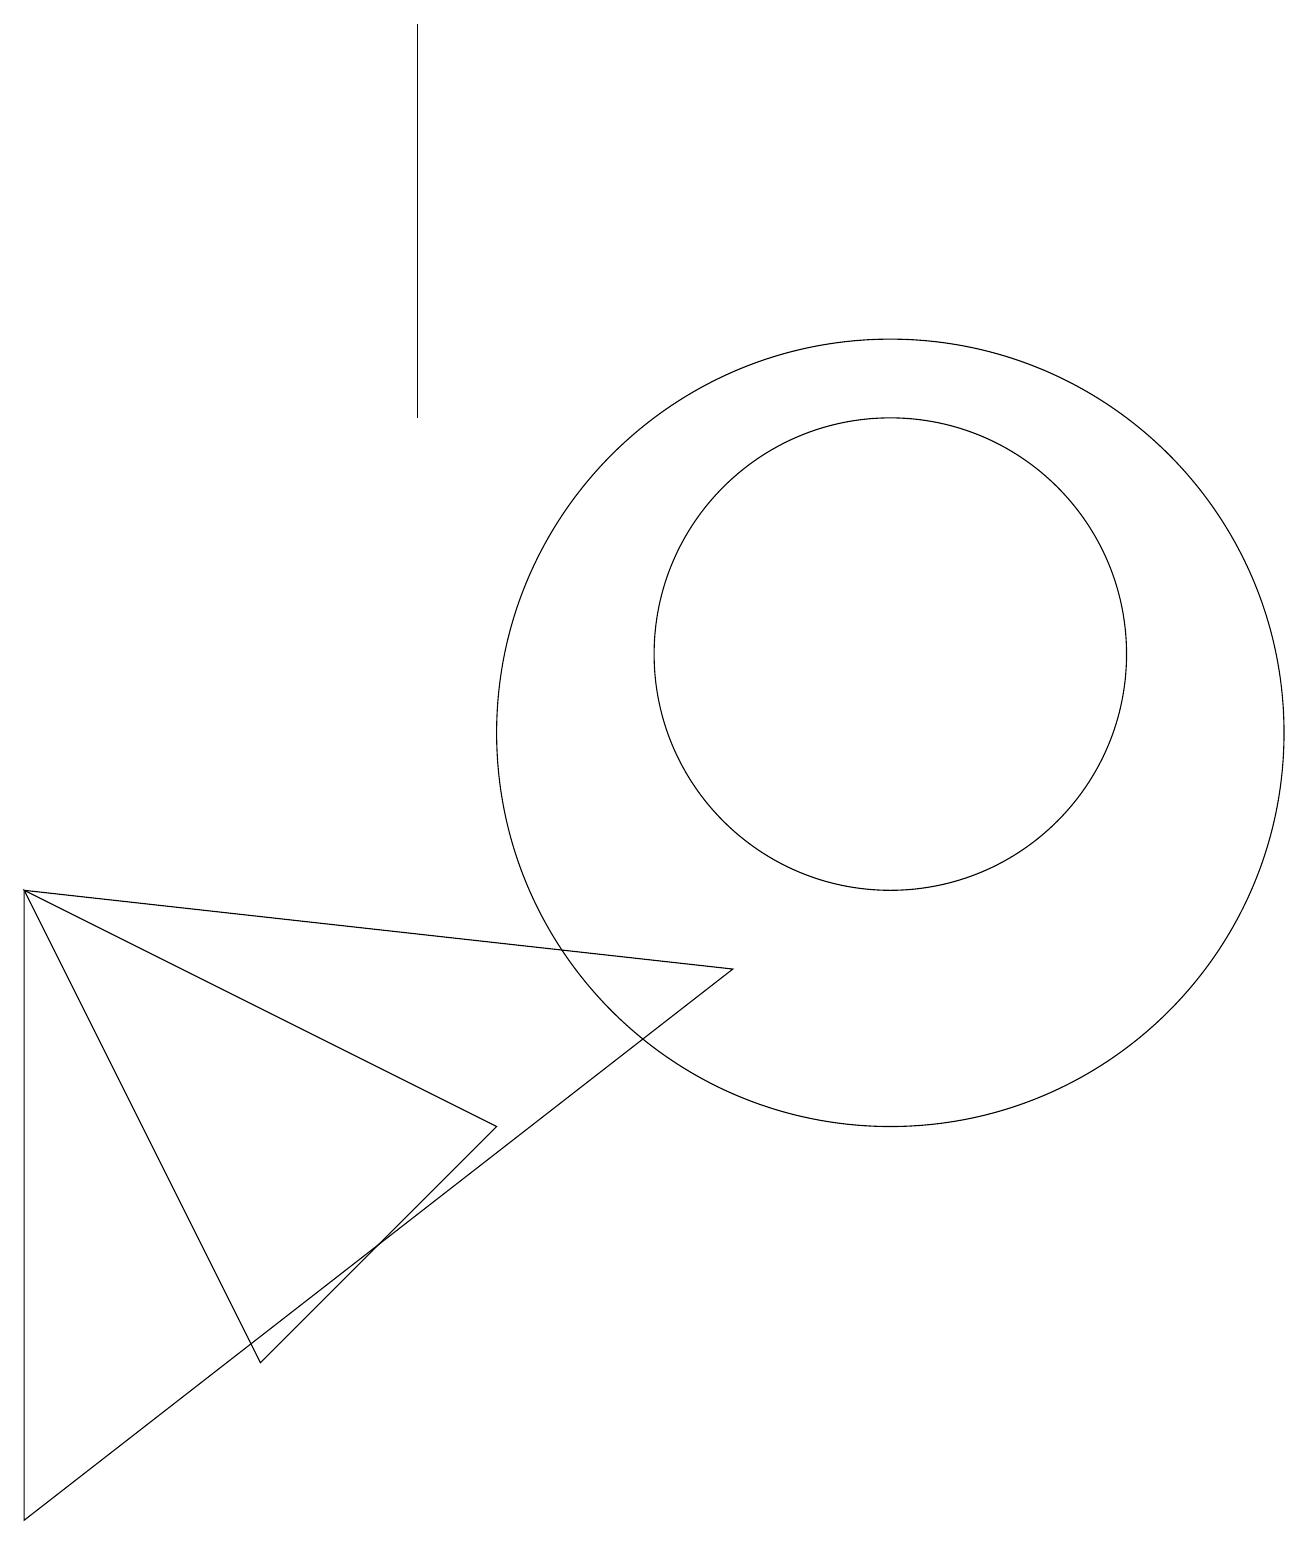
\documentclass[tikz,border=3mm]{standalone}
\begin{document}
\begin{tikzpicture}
\draw (11,11) circle (3);
\draw (5,14) rectangle (5,19);
\draw (0,0) -- (0,8) -- (9,7) -- cycle;
\draw (11,10) circle (5);
\draw (0,8) -- (3,2) -- (6,5) -- cycle;
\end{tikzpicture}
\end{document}